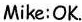
Mike:OK.